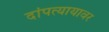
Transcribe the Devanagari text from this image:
दांपत्यायावर